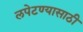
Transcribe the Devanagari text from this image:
लपेटण्यासाठी